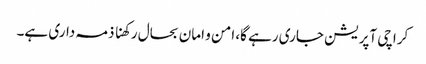
کراچی آپریشن جاری رہے گا، امن و امان بحال رکھنا ذمہ داری ہے۔